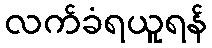
လက်ခံရယူရန်